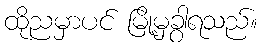
ထိုညမှာပင် မြို့မှခွာရသည်။